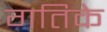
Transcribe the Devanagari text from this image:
गतिके